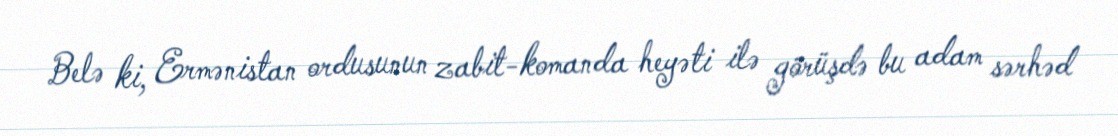
Belə ki, Ermənistan ordusunun zabit-komanda heyəti ilə görüşdə bu adam sərhəd